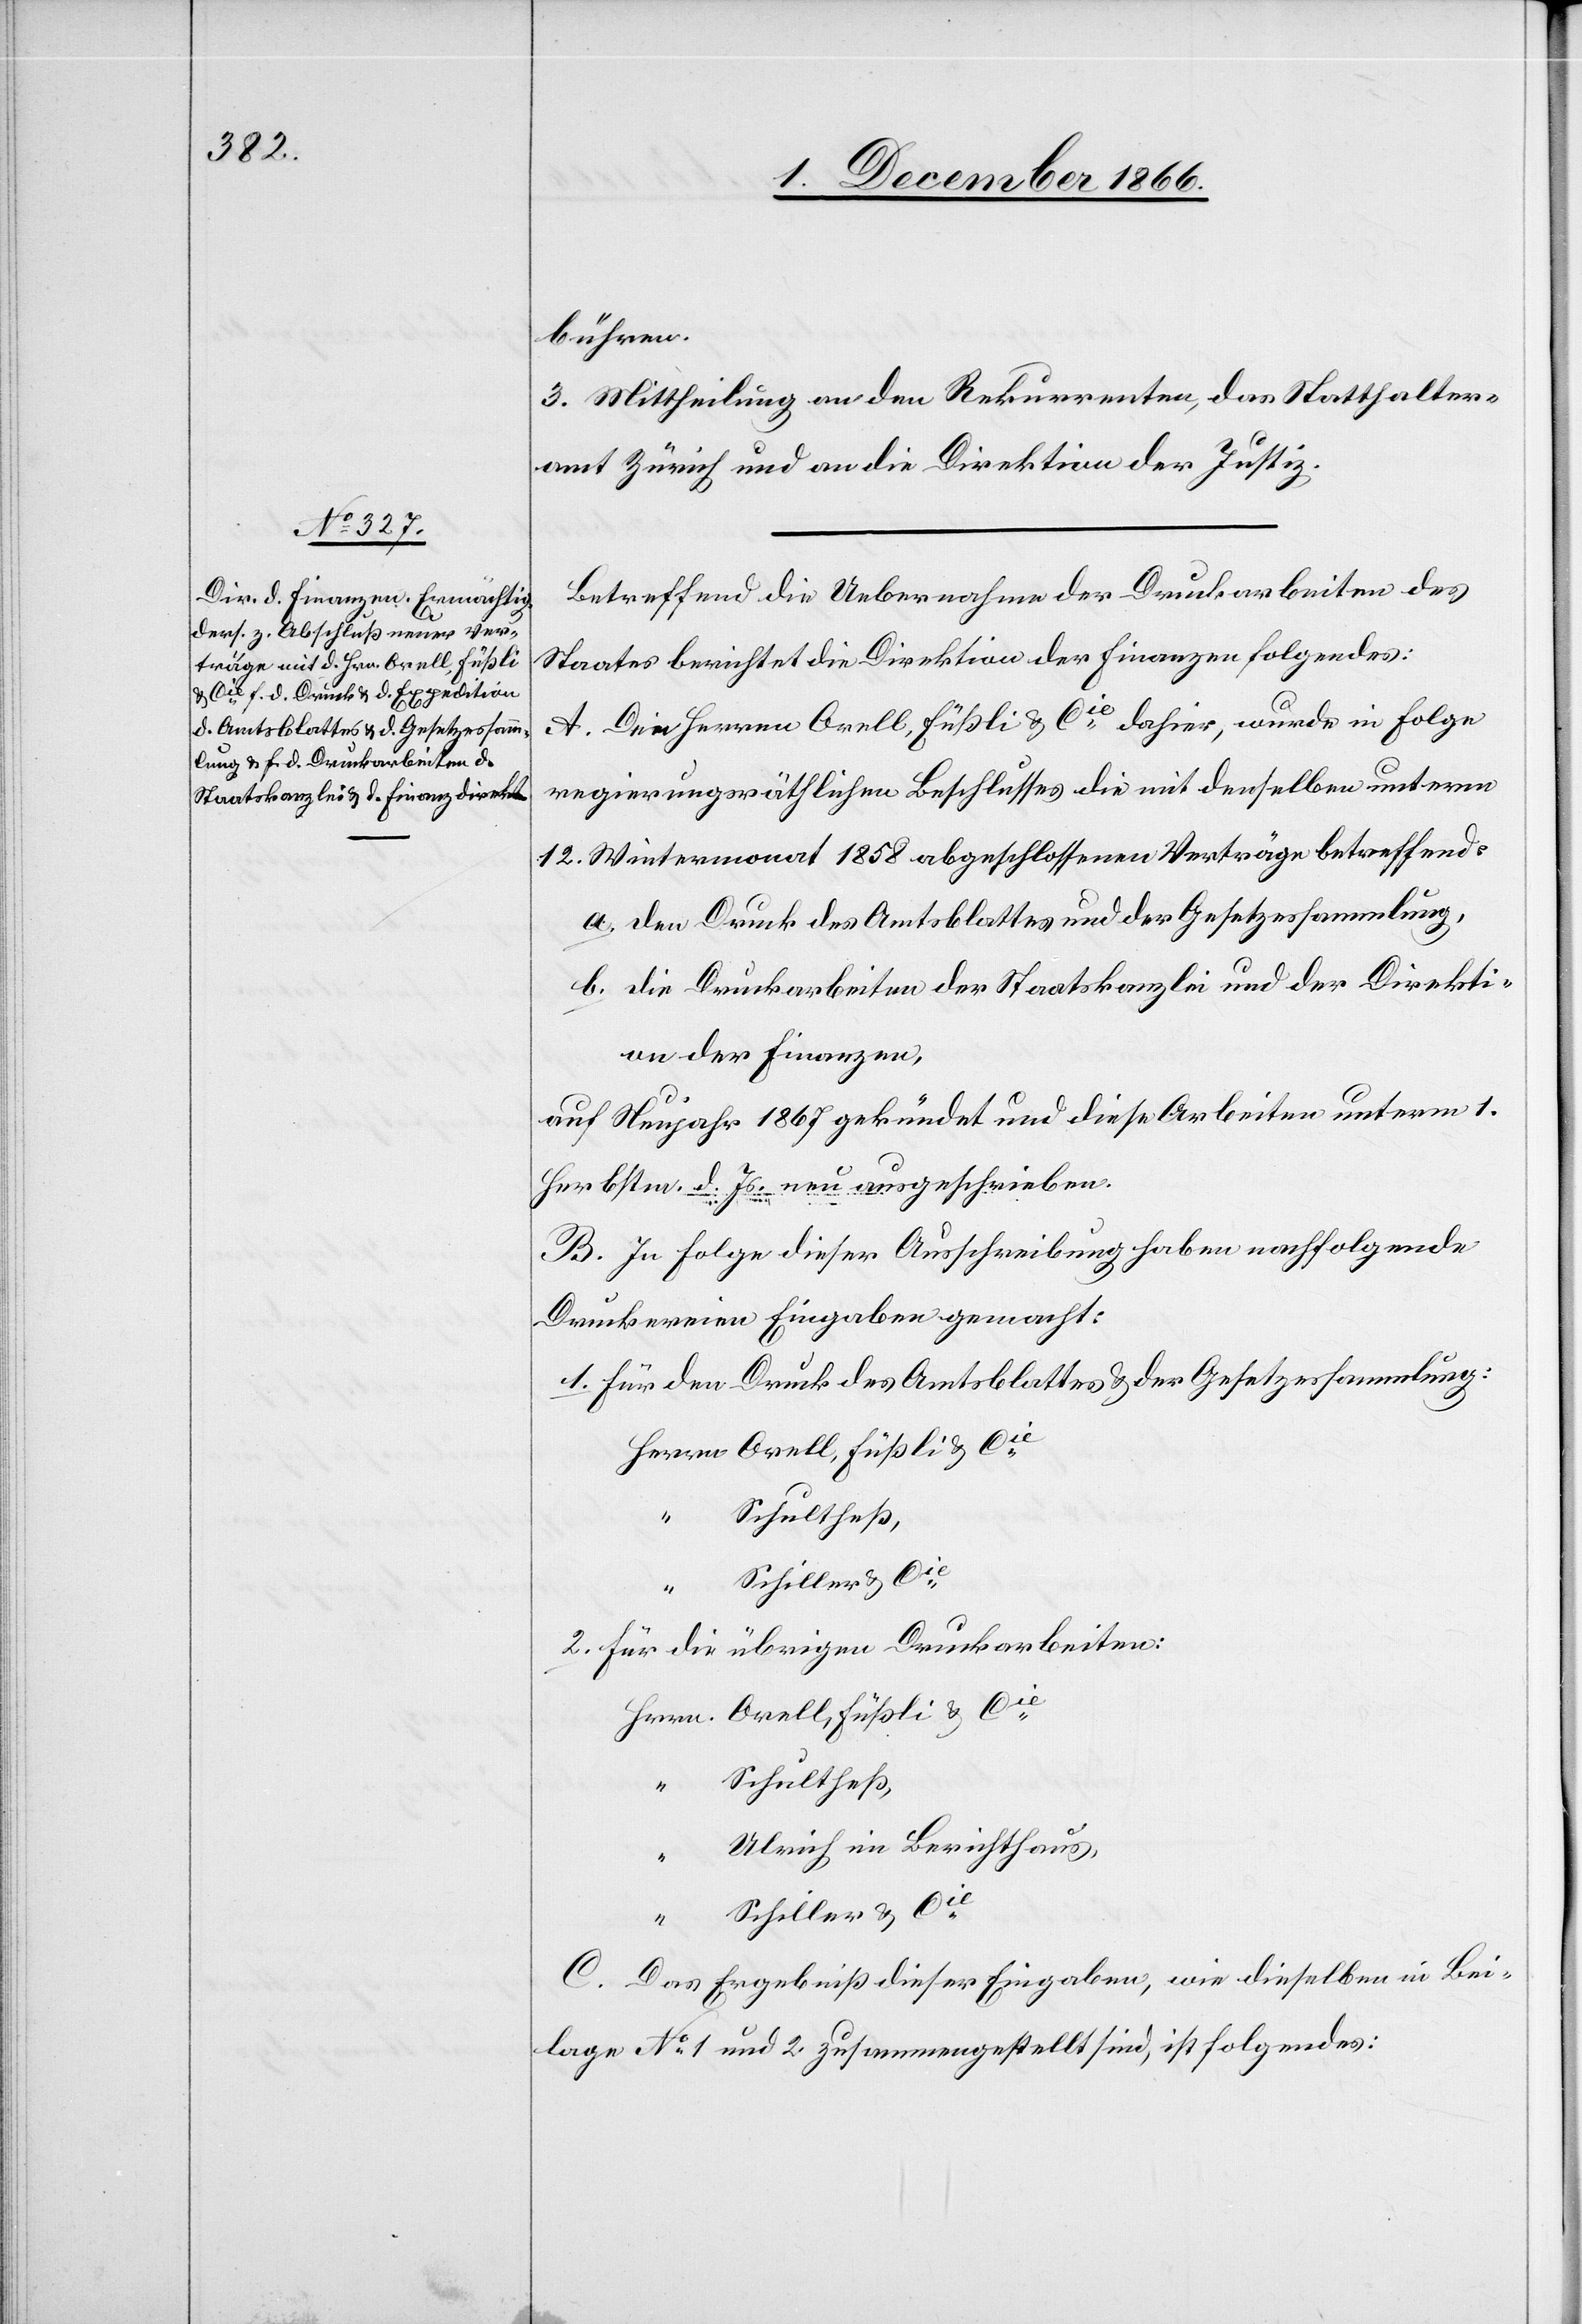
bühren.
3. Mittheilung an den Rekurrenten, das Statthalter¬
amt Zürich und an die Direktion der Justiz.
Betreffend die Uebernahme der Druckarbeiten des
Staates berichtet die Direktion der Finanzen folgendes:
A. Den Herren Orell, Füßli & Cie. dahier, wurde in Folge
regierungsräthlichen Beschlusses die mit denselben unterm
12. Wintermonat 1858 abgeschlossenen Verträge betreffend:
a. den Druck des Amtsblattes und der Gesetzessammlung,
b. die Druckarbeiten der Staatskanzlei und der Direkti¬
on der Finanzen,
1.
auf Neujahr 1867 gekündet und diese Arbeiten unterm 1.
Herbstm. d. Js. neu ausgeschrieben.
B. In Folge dieser Ausschreibung haben nachfolgende
Druckereien Eingaben gemacht:
für den Druck des Amtsblattes & der Gesetzessammlung:
Schultheß,
“
Schiller & Cie.
2.
für die übrigen Druckarbeiten:
Cie.
Ulrich im Berichthaus,
Das Ergebniß dieser Eingaben, wie dieselben in Bei¬
lage No. 1 und 2 zusammengestellt sind, ist folgendes: